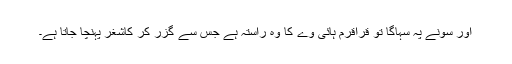
اور سونے پہ سہاگا تو قراقرم ہائی وے کا وہ راستہ ہے جس سے گزر کر کاشغر پہنچا جاتا ہے۔